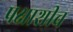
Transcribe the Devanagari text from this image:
पक्षाशीच